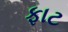
ફાટ